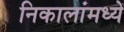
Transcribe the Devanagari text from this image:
निकालांमध्ये